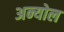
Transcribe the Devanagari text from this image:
अन्योल